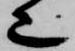
也